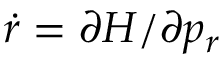
\dot { r } = \partial H / \partial p _ { r }